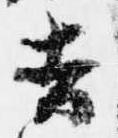
吉